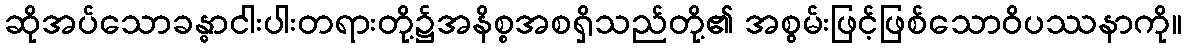
ဆိုအပ်သောခန္ဓာငါးပါးတရားတို့၌အနိစ္စအစရှိသည်တို့၏ အစွမ်းဖြင့်ဖြစ်သောဝိပဿနာကို။